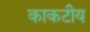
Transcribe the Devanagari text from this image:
काकटीय